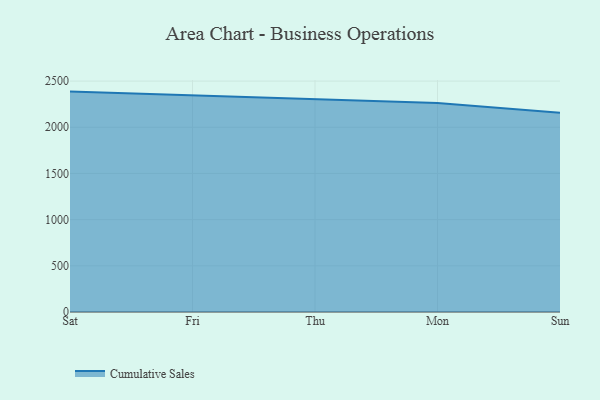
{"axis": {"x": "Day", "y": "Churn Rate (%)"}, "legend": ["Cumulative Sales"], "data": [{"x": "Sat", "y": 2386.1, "type": "Cumulative Sales"}, {"x": "Fri", "y": 2345.3, "type": "Cumulative Sales"}, {"x": "Thu", "y": 2297.3, "type": "Cumulative Sales"}, {"x": "Mon", "y": 2261.7, "type": "Cumulative Sales"}, {"x": "Sun", "y": 2158.3, "type": "Cumulative Sales"}]}